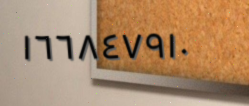
١٦٦٨٤٧٩١٠